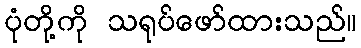
ပုံတို့ကို သရုပ်ဖော်ထားသည်။